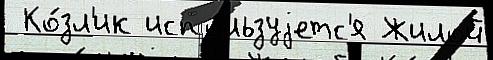
 Ко́зл'ик испо́льзуjетс'я Жилой